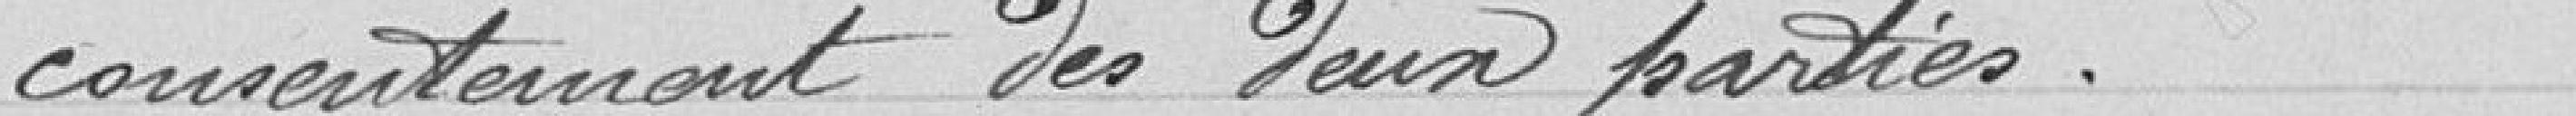
consentement des deux parties.